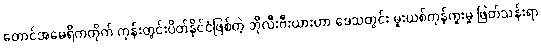
တောင်အမေရိကတိုက် ကုန်းတွင်းပိတ်နိုင်ငံဖြစ်တဲ့ ဘိုလီးဗီးယားဟာ ဒေသတွင်း မူးယစ်ကုန်ကူးမှု ဖြတ်သန်းရာ